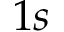
1 s